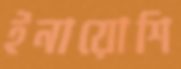
ইনায়োশি